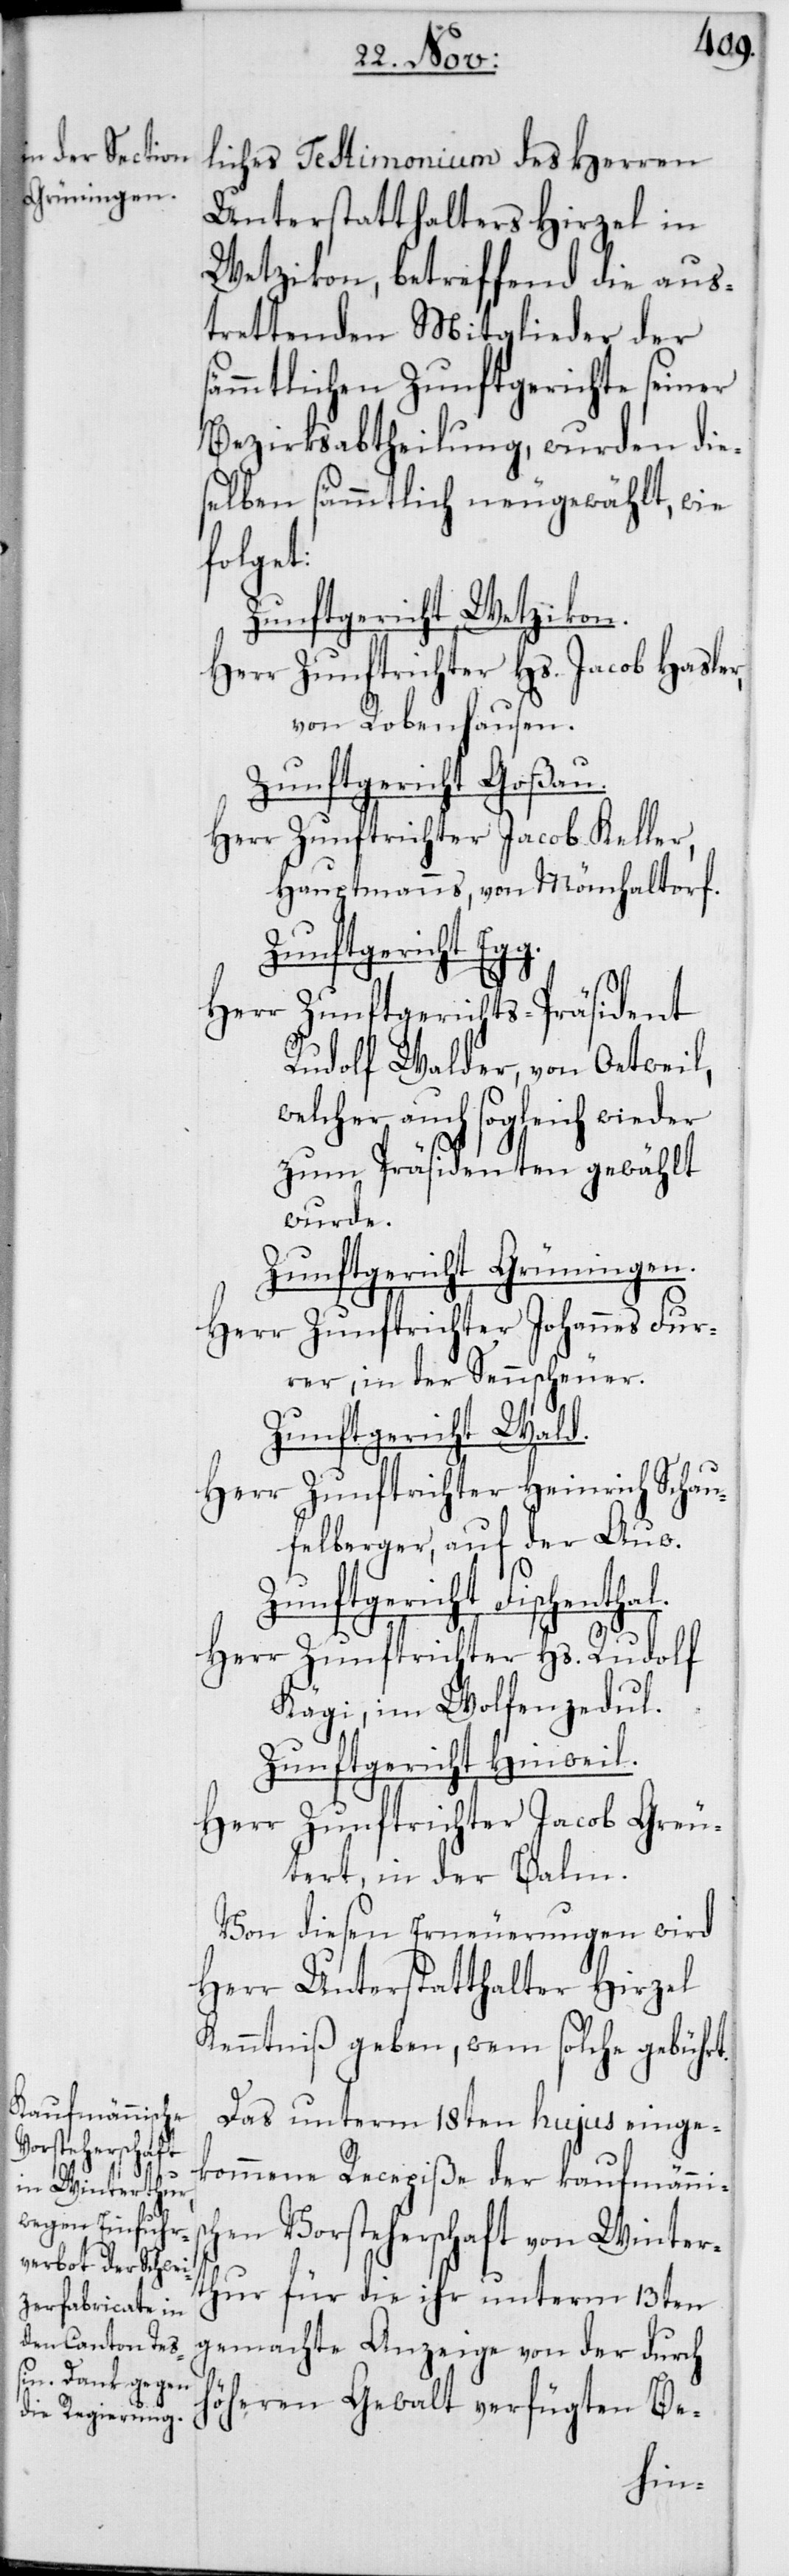
liches Testimonium des Herren
Unterstatthalters Hirzel in
Wetzikon, betreffend die aus¬
trettenden Mitglieder der
sämmtlichen Zunftgerichte seiner
Bezirksabtheilung, wurden die¬
selben sämmtlich neugewählt, wie
henthal.
Zunftgericht Wetzikon.
Herr Zunftrichter Hs. Jacob Hasler,
von Robenhausen.
Zunftgericht Goßau.
Herr Zunftrichter Jacob Keller,
Hauptmanns, von Mönchaltorf.
Herr Zunftgerichts-Präsident
Rudolf Walder, von Oetweil,
welcher auch sogleich wieder
zum Präsidenten gewählt
wurde.
Zunftgericht Grüningen.
Herr Zunftrichter Johannes Fur¬
rer, in der Sennscheuer.
Zunftgericht Fisc¬
Herr Zunftrichter Heinrich Schau¬
felberger, auf der Auw.
Herr Zunftrichter Hs. Rudolf
Kägi, im Wolfenzedul.
Zunftgericht Hinweil.
Herr Zunftrichter Jacob Greu¬
tert, in der Balm.
Von diesen Erneuerungen wird
Herr Unterstatthalter Hirzel
Kenntniß geben, wem solche gebührt.
Das unterm 18ten hujus einge¬
kommene Recepiße der kaufmännis¬
chen Vorsteherschaft von Winter¬
thur für die ihr unterm 13ten
gemachte Anzeige von der durch
höheren Gewalt verfügten Be-